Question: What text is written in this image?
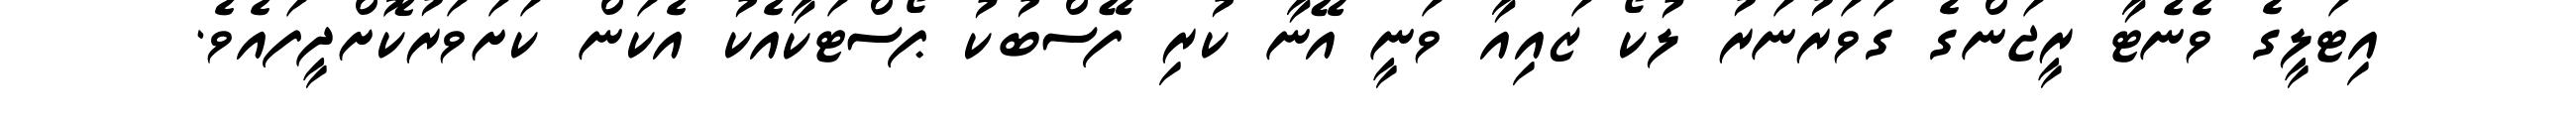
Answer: އިޓަލީގެ ވެނެޓާ ރީޖަންގެ ގަވަރުނަރު ލުކޯ ޒައިއާ ވަނީ އޭނާ ކުރި ފޭސްބުކު ޕޯސްޓަކާއެކު އެކަން ކަށަވަރުކޮށްދީފައެވެ.